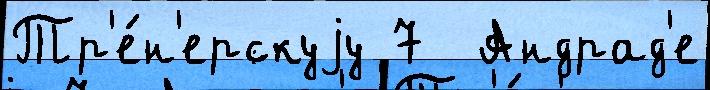
Тр'е́н'ерскуjу 7  Андрад'е